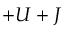
+ U + J